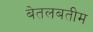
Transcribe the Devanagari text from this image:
बेतलबतीम